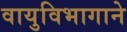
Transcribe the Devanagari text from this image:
वायुविभागाने